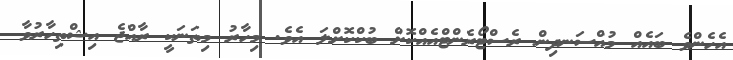
އެހެންވެ ބައެއް މުއްސަނދިން ރެސްޓޯރެންޓްއެއްކޮށް ބުކްކޮށްލަ އެވެ. މިހާރު މިތަނަކީ ރާއްޖެ އިޝްތިހާރުވާ